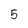
Character: 5